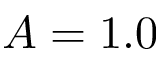
A = 1 . 0